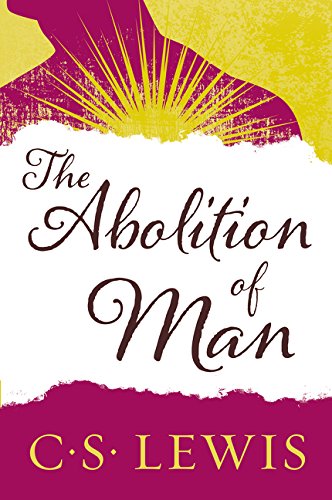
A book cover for The Abolition of Man; C. S. Lewis; Christian Books & Bibles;